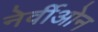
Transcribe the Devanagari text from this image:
नेर्वीओन